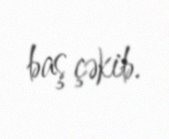
baş çəkib.